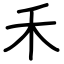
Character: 禾